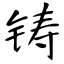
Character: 铸